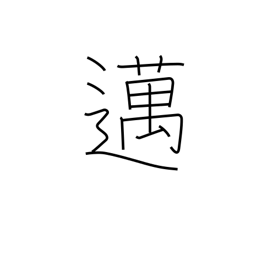
Meaning: go